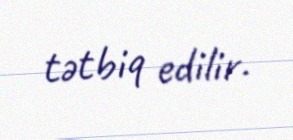
tətbiq edilir.